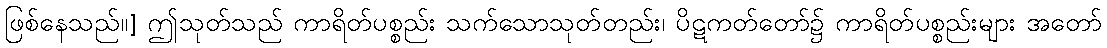
ဖြစ်နေသည်။] ဤသုတ်သည် ကာရိတ်ပစ္စည်း သက်သောသုတ်တည်း၊ ပိဋကတ်တော်၌ ကာရိတ်ပစ္စည်းများ အတော်